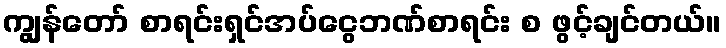
ကျွန်တော် စာရင်းရှင်အပ်ငွေဘဏ်စာရင်း စ ဖွင့်ချင်တယ်။